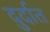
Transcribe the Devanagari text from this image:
दुर्दात